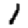
Digit: 1